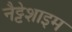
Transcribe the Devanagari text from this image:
नैट्टेशाइम